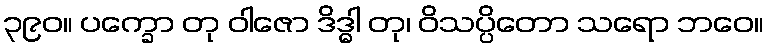
၃၉၀။ ပက္ခော တု ဝါဇော ဒိဒ္ဓါ တု၊ ဝိသပ္ပိတော သရော ဘဝေ။